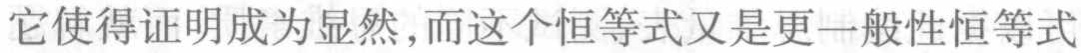
它使得证明成为显然，而这个恒等式又是更一般性恒等式